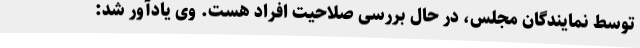
توسط نمایندگان مجلس، در حال بررسی صلاحیت افراد هست. وی یادآور شد: